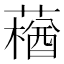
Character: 𰱽